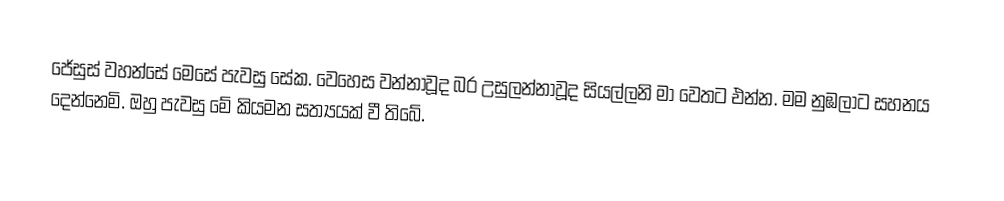
ජේසුස් වහන්සේ මෙසේ පැවසු සේක. වෙහෙස වන්නාවූද  බර උසුලන්නාවූද සියල්ලනි මා වෙතට එන්න. මම නුඹලාට සහනය දෙන්නෙමි. ඔහු පැවසු මේ කියමන සත්‍යයක් වී තිබේ.